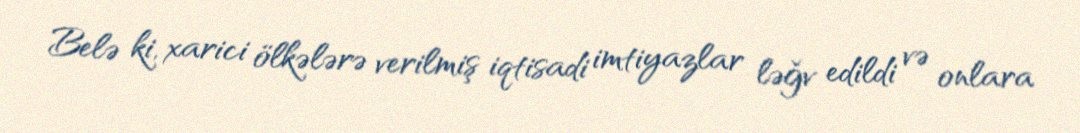
Belə ki, xarici ölkələrə verilmiş iqtisadi imtiyazlar ləğv edildi və onlara